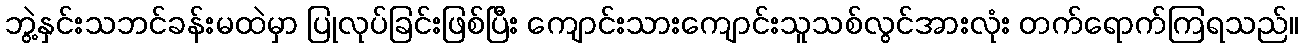
ဘွဲ့နှင်းသဘင်ခန်းမထဲမှာ ပြုလုပ်ခြင်းဖြစ်ပြီး ကျောင်းသားကျောင်းသူသစ်လွင်အားလုံး တက်ရောက်ကြရသည်။